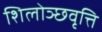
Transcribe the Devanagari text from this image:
शिलोञ्छवृत्ति